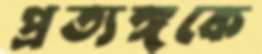
প্রত্যঙ্গকে